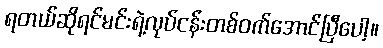
ရတယ်ဆိုရင်မင်းရဲ့လုပ်ငန်းတစ်ဝက်အောင်ပြီပေါ့။